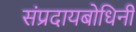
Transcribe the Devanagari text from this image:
संप्रदायबोधिनी